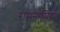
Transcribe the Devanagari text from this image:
रामनामियों